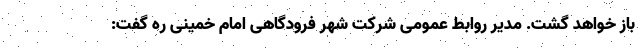
باز خواهد گشت. مدیر روابط عمومی شرکت شهر فرودگاهی امام خمینی ره گفت: